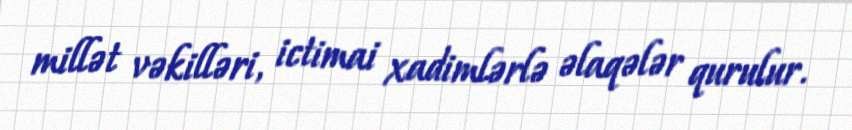
millət vəkilləri, ictimai xadimlərlə əlaqələr qurulur.